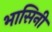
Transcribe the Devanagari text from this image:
भासिनी